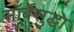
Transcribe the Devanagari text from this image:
सॉर्बेसुद्धा